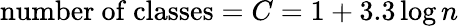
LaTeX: {\mathrm{number~of~classes}}=C=1+3.3\log n